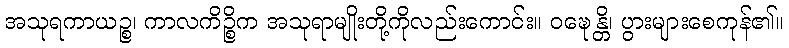
အသုရကာယဉ္စ၊ ကာလကိဉ္စိက အသုရာမျိုးတို့ကိုလည်းကောင်း။ ဝဍ္ဎေန္တိ၊ ပွားများစေကုန်၏။